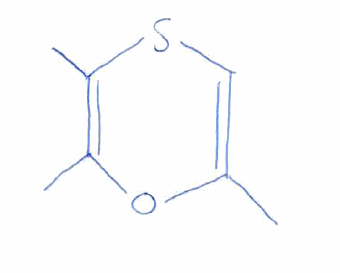
Simplified molecular-input line-entry system (SMILES) notation of the given molecule:
CC1=CSC(=C(O1)C)C